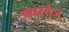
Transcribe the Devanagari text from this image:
अक्षरतेज